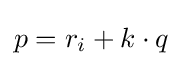
p=r_{i}+k\cdot q